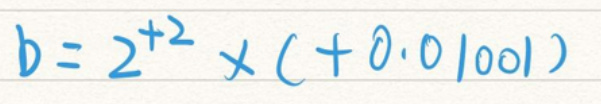
$b = 2^{2} \times (c + 0.01001)$